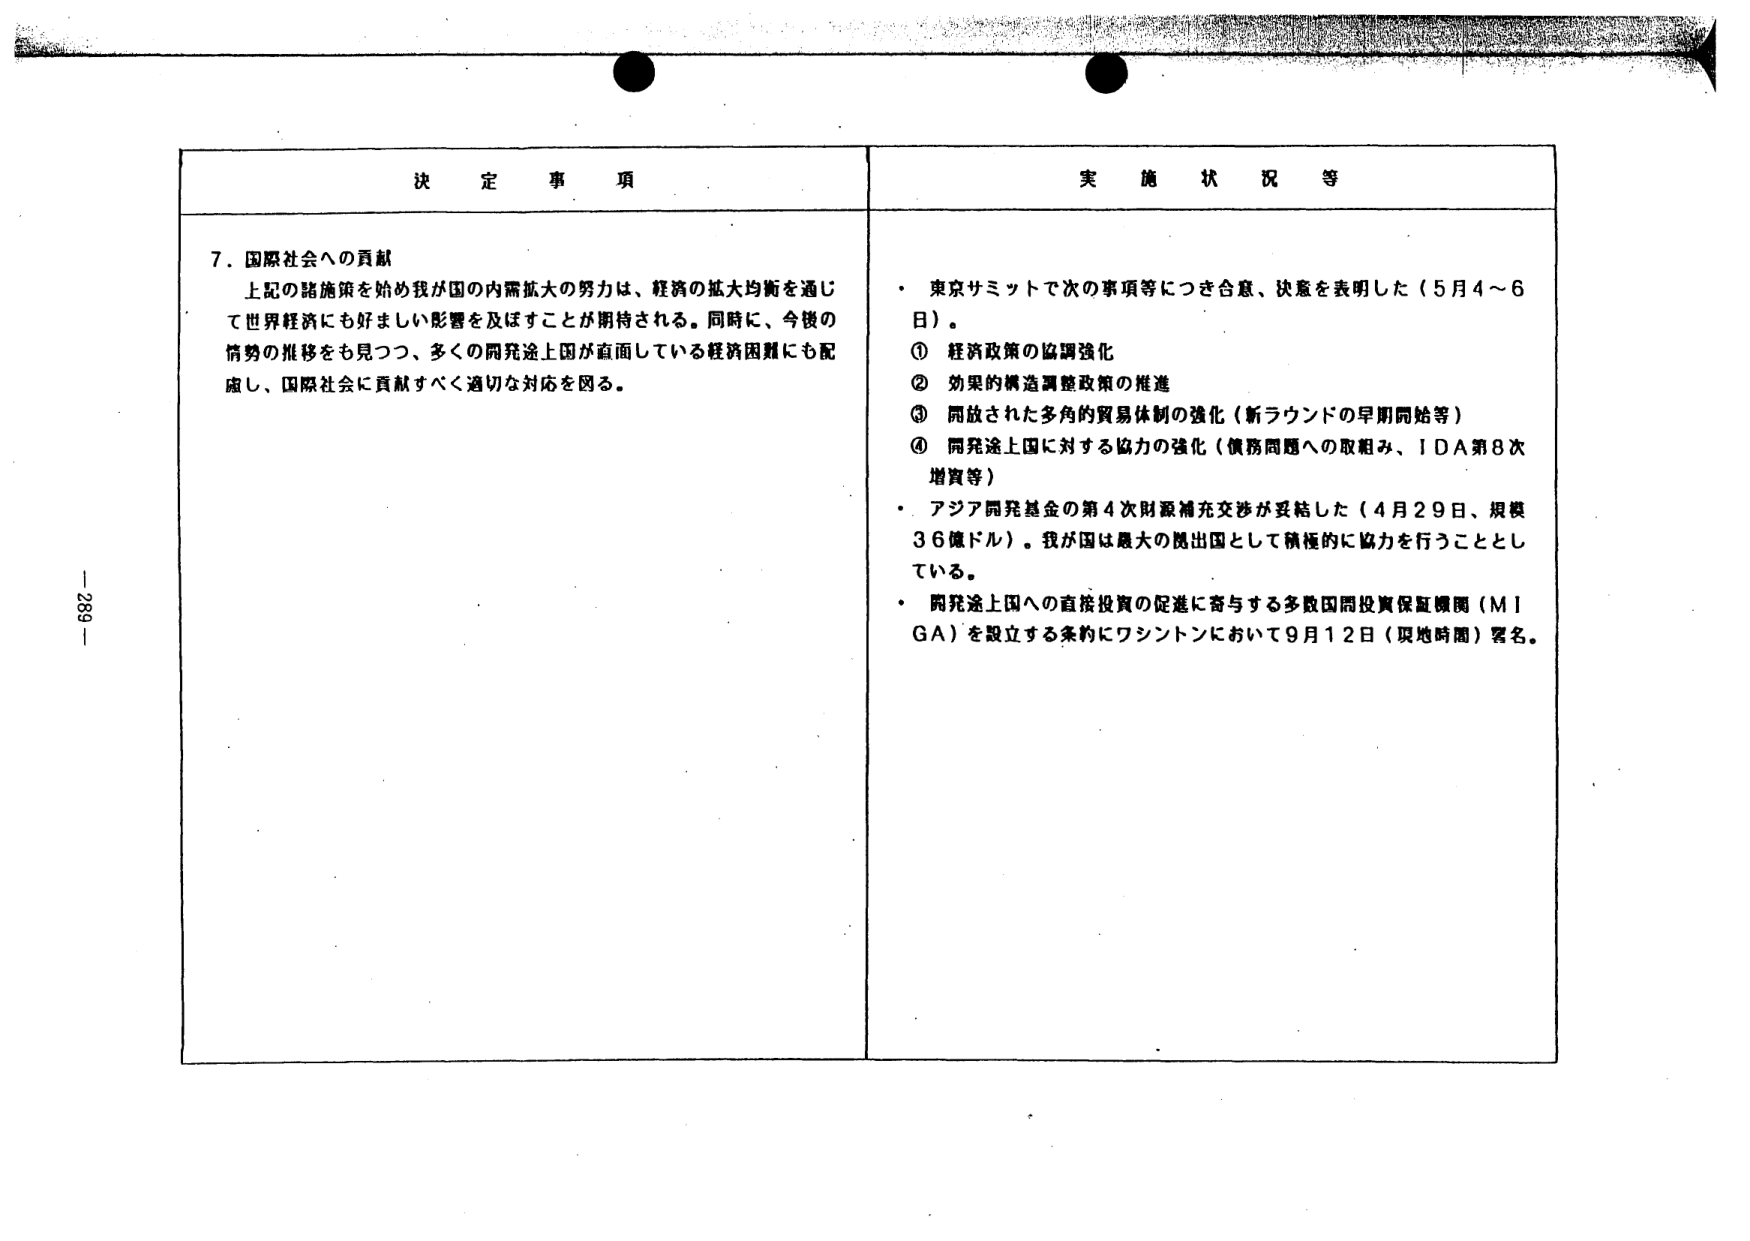
決定事項

7. 国際社会への貢献
上記の諸施策を始め我が国の内需拡大の努力は、経済の拡大均衡を通じて世界経済にも好ましい影響を及ぼすことが期待される。同時に、今後の情勢の推移をも見つつ、多くの開発途上国が直面している経済困難にも配慮し、国際社会に貢献すべく適切な対応を図る。

実施状況等

・ 東京サミットで次の事項等につき合意、決意を表明した（5月4～6日）。
① 経済政策の協調強化
② 効果的構造調整政策の推進
③ 開放された多角的貿易体制の強化（新ラウンドの早期開始等）
④ 開発途上国に対する協力の強化（債務問題への取組み、IDA第8次増資等）

・ アジア開発基金の第4次財源補充交渉が妥結した（4月29日、規模36億ドル）。我が国は最大の拠出国として積極的に協力を行うこととしている。

・ 開発途上国への直接投資の促進に寄与する多数国間投資保証機関（MIGA）を設立する条約にワシントンにおいて9月12日（現地時間）署名。

- 289 -